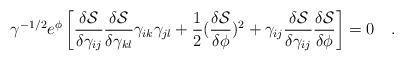
LaTeX: \begin{align*}\gamma^{-1/2}e^{\phi} \left[ \frac{\delta \mathcal{S}}{\delta \gamma_{ij}}\frac{\delta \mathcal{S}}{\delta \gamma_{kl}} \gamma_{ik} \gamma_{jl}+\frac{1}{2}(\frac{\delta \mathcal{S}}{\delta \phi})^{2}+\gamma_{ij}\frac{\delta \mathcal{S}}{\delta \gamma_{ij}}\frac{\delta \mathcal{S}}{\delta \phi} \right] =0~~~.\end{align*}